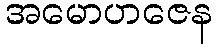
အမောဟဇေန